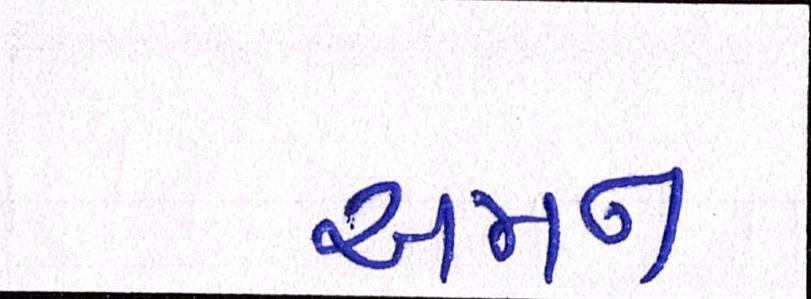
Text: અમન